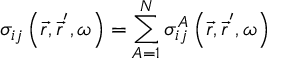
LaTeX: \sigma _ { i j } \left( \vec { r } , \vec { r } ^ { ^ { \prime } } , \omega \right) = \sum _ { A = 1 } ^ { N } \sigma _ { i j } ^ { A } \left( \vec { r } , \vec { r } ^ { ^ { \prime } } , \omega \right)